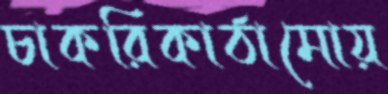
চাকরিকাঠামোয়